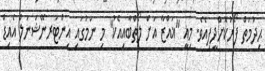
ޙިދުމަތް ފޯރުކޮށްދީފިއެވެ. މިއީ "ޣައްޒާ އަށް ލޯތްބާއިއެކު" މި ނަމުގައި އިންޓަރނޭޝަނަލް އެއިޑް